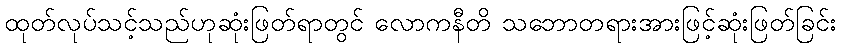
ထုတ်လုပ်သင့်သည်ဟုဆုံးဖြတ်ရာတွင် လောကနီတိ သဘောတရားအားဖြင့်ဆုံးဖြတ်ခြင်း